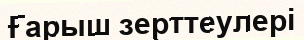
Ғарыш зерттеулері